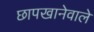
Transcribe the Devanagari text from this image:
छापखानेवाले